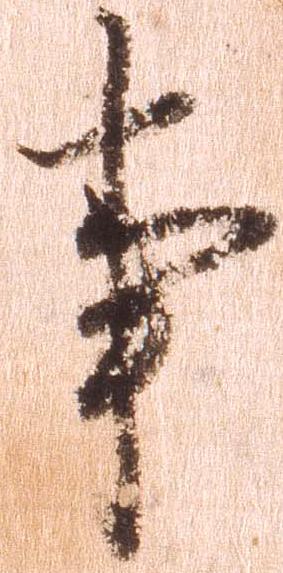
事